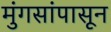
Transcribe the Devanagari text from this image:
मुंगसांपासून